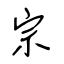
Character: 宗